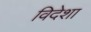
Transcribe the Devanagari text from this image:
विदेशा